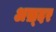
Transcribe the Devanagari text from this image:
अख़्दर